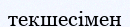
текшесімен